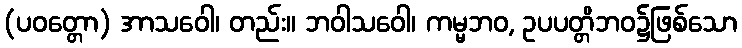
(ပဝတ္တော) အာသဝေါ၊ တည်း။ ဘဝါသဝေါ၊ ကမ္မဘဝ, ဥပပတ္တိဘဝ၌ဖြစ်သော